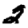
Digit: 2